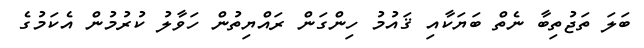
ބަލަ ތަޖުތިބާ ނެތް ބަޔަކާއި ޤައުމު ހިންގަން ރައްޔިތުން ހަވާލު ކުރުމުން އެކަމުގެ